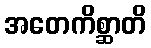
အတေကိစ္ဆာတိ